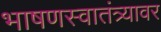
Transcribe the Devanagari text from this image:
भाषणस्वातंत्र्यावर